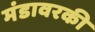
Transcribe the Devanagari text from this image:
मंडावरकी